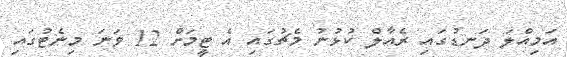
އަމިއްލަ ދަނޑުގައި ރެއާލް ކުޅުނު މެޗުގައި އެ ޓީމަށް 12 ވަނަ މިނެޓުގައި